Annual report of the Madras Medical College
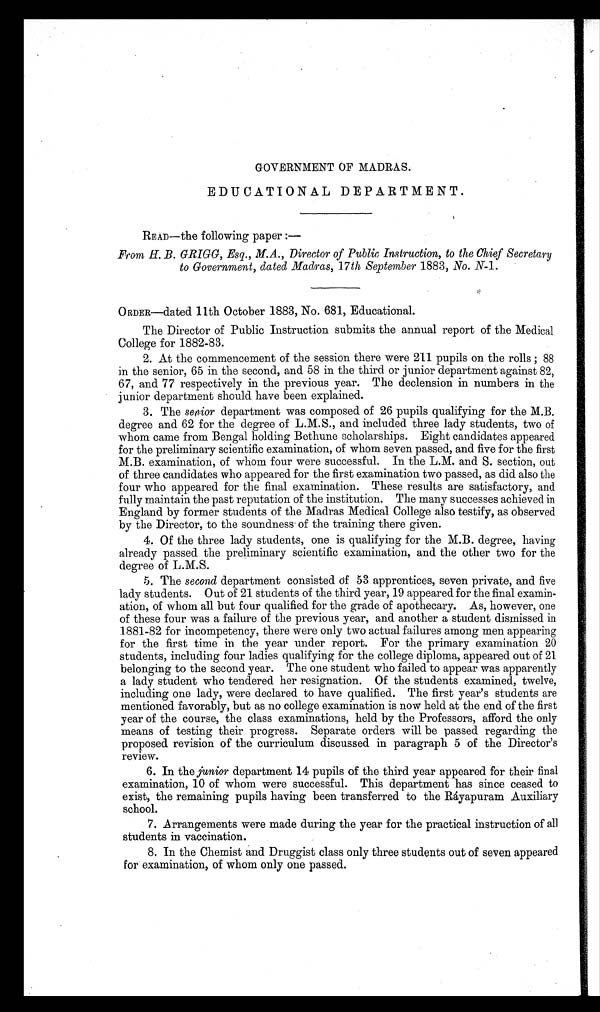
GOVERNMENT OF MADRAS.
EDUCATIONAL DEPARTMENT.
READ—the following paper :—
From H. B. GRIGG, Esq., M.A., Director of Public Instruction, to the Chief Secretary
to Government, dated Madras, 17th September 1883, No. N-1.
ORDER—dated 11th October 1883, No. 681, Educational.
The Director of Public Instruction submits the annual report of the Medical
College for 1882-83.
2. At the commencement of the session there were 211 pupils on the rolls ; 88
in the senior, 65 in the second, and 58 in the third or junior department against 82,
67, and 77 respectively in the previous year. The declension in numbers in the
junior department should have been explained.
3. The senior department was composed of 26 pupils qualifying for the M.B.
degree and 62 for the degree of L.M.S., and included three lady students, two of
whom came from Bengal holding Bethune scholarships. Eight candidates appeared
for the preliminary scientific examination, of whom seven passed, and five for the first
M.B. examination, of whom four were successful. In the L.M. and S. section, out
of three candidates who appeared for the first examination two passed, as did also the
four who appeared for the final examination. These results are satisfactory, and
fully maintain the past reputation of the institution. The many successes achieved in
England by former students of the Madras Medical College also testify, as observed
by the Director, to the soundness of the training there given.
4. Of the three lady students, one is qualifying for the M.B. degree, having
already passed the preliminary scientific examination, and the other two for the
degree of L.M.S.
5. The second department consisted of 53 apprentices, seven private, and five
lady students. Out of 21 students of the third year, 19 appeared for the final examin-
ation, of whom all but four qualified for the grade of apothecary. As, however, one
of these four was a failure of the previous year, and another a student dismissed in
1881-82 for incompetency, there were only two actual failures among men appearing
for the first time in the year under report. For the primary examination 20
students, including four ladies qualifying for the college diploma, appeared out of 21
belonging to the second year. The one student who failed to appear was apparently
a lady student who tendered her resignation. Of the students examined, twelve,
including one lady, were declared to have qualified. The first year's students are
mentioned favorably, but as no college examination is now held at the end of the first
year of the course, the class examinations, held by the Professors, afford the only
means of testing their progress. Separate orders will be passed regarding the
proposed revision of the curriculum discussed in paragraph 5 of the Director's
review.
6. In the junior department 14 pupils of the third year appeared for their final
examination, 10 of whom were successful. This department has since ceased to
exist, the remaining pupils having been transferred to the Ráyapuram Auxiliary
school.
7. Arrangements were made during the year for the practical instruction of all
students in vaccination.
8. In the Chemist and Druggist class only three students out of seven appeared
for examination, of whom only one passed.